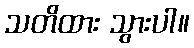
သတိထား သွားပါ။